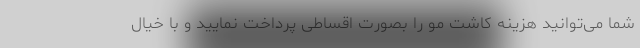
شما می‌توانید هزینه کاشت مو را بصورت اقساطی پرداخت نمایید و با خیال